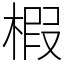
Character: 椵